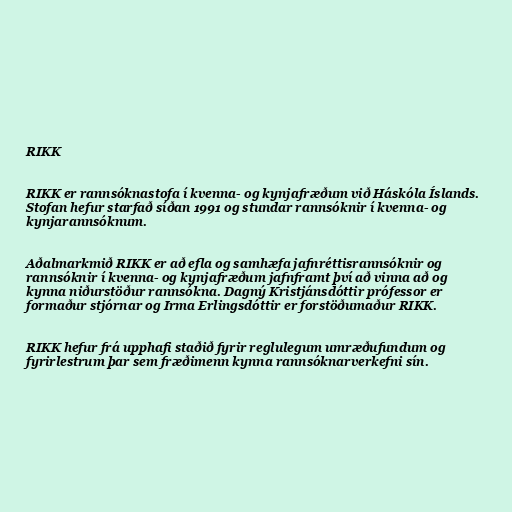
RIKK

RIKK er rannsóknastofa í kvenna- og kynjafræðum við Háskóla Íslands.
Stofan hefur starfað síðan 1991 og stundar rannsóknir í kvenna- og
kynjarannsóknum.

Aðalmarkmið RIKK er að efla og samhæfa jafnréttisrannsóknir og
rannsóknir í kvenna- og kynjafræðum jafnframt því að vinna að og
kynna niðurstöður rannsókna. Dagný Kristjánsdóttir prófessor er
formaður stjórnar og Irma Erlingsdóttir er forstöðumaður RIKK.

RIKK hefur frá upphafi staðið fyrir reglulegum umræðufundum og
fyrirlestrum þar sem fræðimenn kynna rannsóknarverkefni sín.